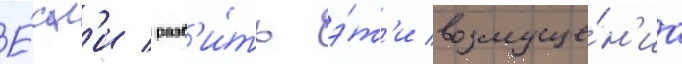
Е́сл'и разб'и́ть э́т'и возмуще́н'иа